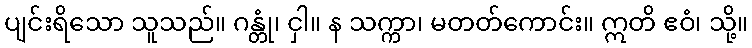
ပျင်းရိသော သူသည်။ ဂန္တုံ၊ ငှါ။ န သက္ကာ၊ မတတ်ကောင်း။ ဣတိ ဧဝံ၊ သို့။